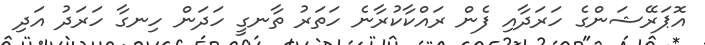
އޮޕަރޭޝަންގެ ހަރަދާއި ފެން ރައްކާކުރާނެ ހަތަރު ތާނގީ ހަދަން ހިނގާ ހަރަދު އަދި